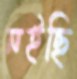
নইছি